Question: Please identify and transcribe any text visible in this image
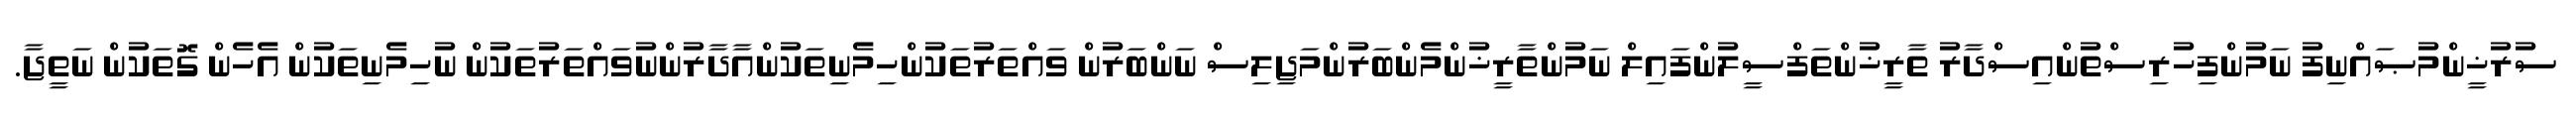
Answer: ސުރުޚީންމުޞައްނިފު ނަމުންފިހުރިސްތުންއިސްދާރު ތާރީޚުންތަފްސީލުންފައިލް ނަމުންތާރީޚުންމެންބަރުންމަޖިލިސް ނަންބަރުން ވައްތަރުތަކުންހިމެނިތަކުންއާދާރުންނުވައްތަރުތަކުން ނުހިމެނިތަކުން އެހެން ގޮތަކުން ނަތީޖާ.